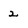
Character: 2